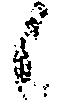
候